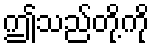
ဤသည်တို့ကို